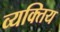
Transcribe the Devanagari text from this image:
व्यक्तिय